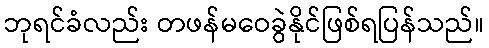
ဘုရင်ခံလည်း တဖန်မဝေခွဲနိုင်ဖြစ်ရပြန်သည်။